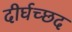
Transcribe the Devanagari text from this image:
दीर्घच्छद